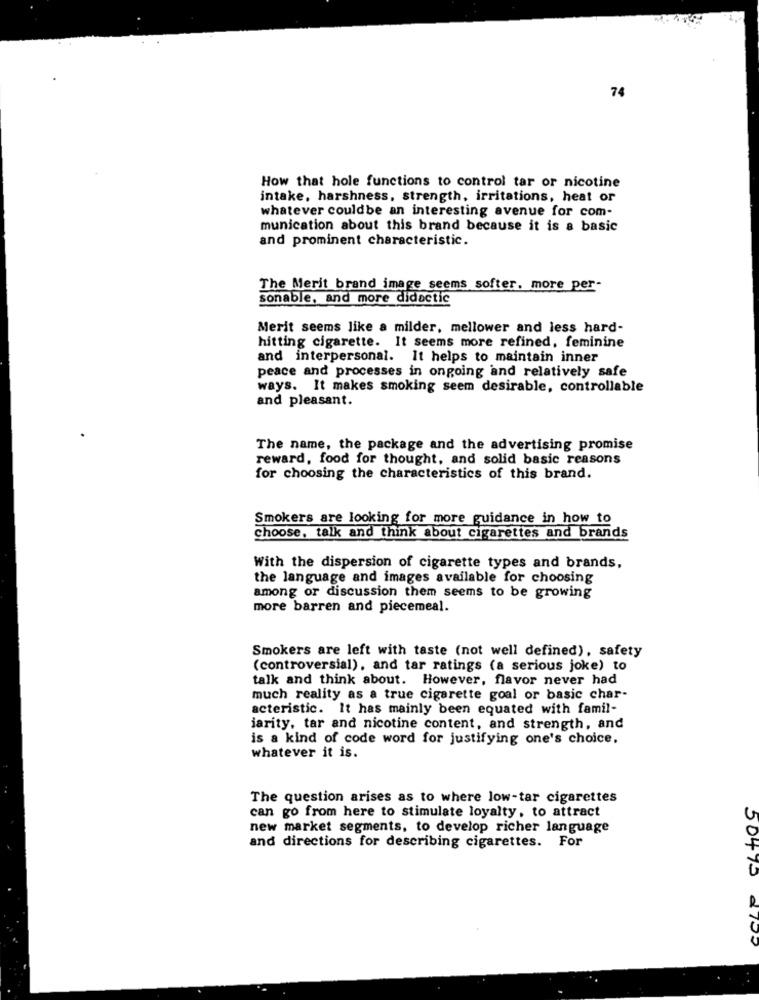
74
How that hole functions to control tar or nicotine
intake, harshness, strength, irritations, heat or
whatever couldbe an interesting avenue for com-
munication about this brand because it is a basic
and prominent characteristic.
The Merit brand image seems softer, more per-
sonable, and more didactic
Merit seems like a milder, mellower and less hard-
hitting cigarette. It seems more refined, feminine
and interpersonal. It helps to maintain inner
peace and processes in ongoing and relatively safe
ways. It makes smoking seem desirable, controllable
and pleasant.
The name, the package and the advertising promise
reward, food for thought, and solid basic reasons
for choosing the characteristics of this brand.
Smokers are looking for more guidance in how to
choose, talk and think about cigarettes and brands
With the dispersion of cigarette types and brands,
the language and images available for choosing
among or discussion them seems to be growing
more barren and piecemeal.
Smokers are left with taste (not well defined), safety
(controversial), and tar ratings (a serious joke) to
talk and think about. However, flavor never had
much reality as a true cigarette goal or basic char-
acteristic. It has mainly been equated with famil-
iarity, tar and nicotine content, and strength, and
is a kind of code word for justifying one's choice.
whatever it is.
The question arises as to where low-tar cigarettes
can go from here to stimulate loyalty, to attract
new market segments, to develop richer language
and directions for describing cigarettes. For